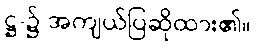
ဋ္ဌ-၌ အကျယ်ပြဆိုထား၏။